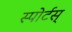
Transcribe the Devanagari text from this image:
स्पोर्टस्‌